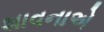
શાવનાએ